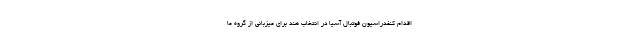
اقدام کنفدراسیون فوتبال آسیا در انتخاب هند برای میزبانی از گروه ما